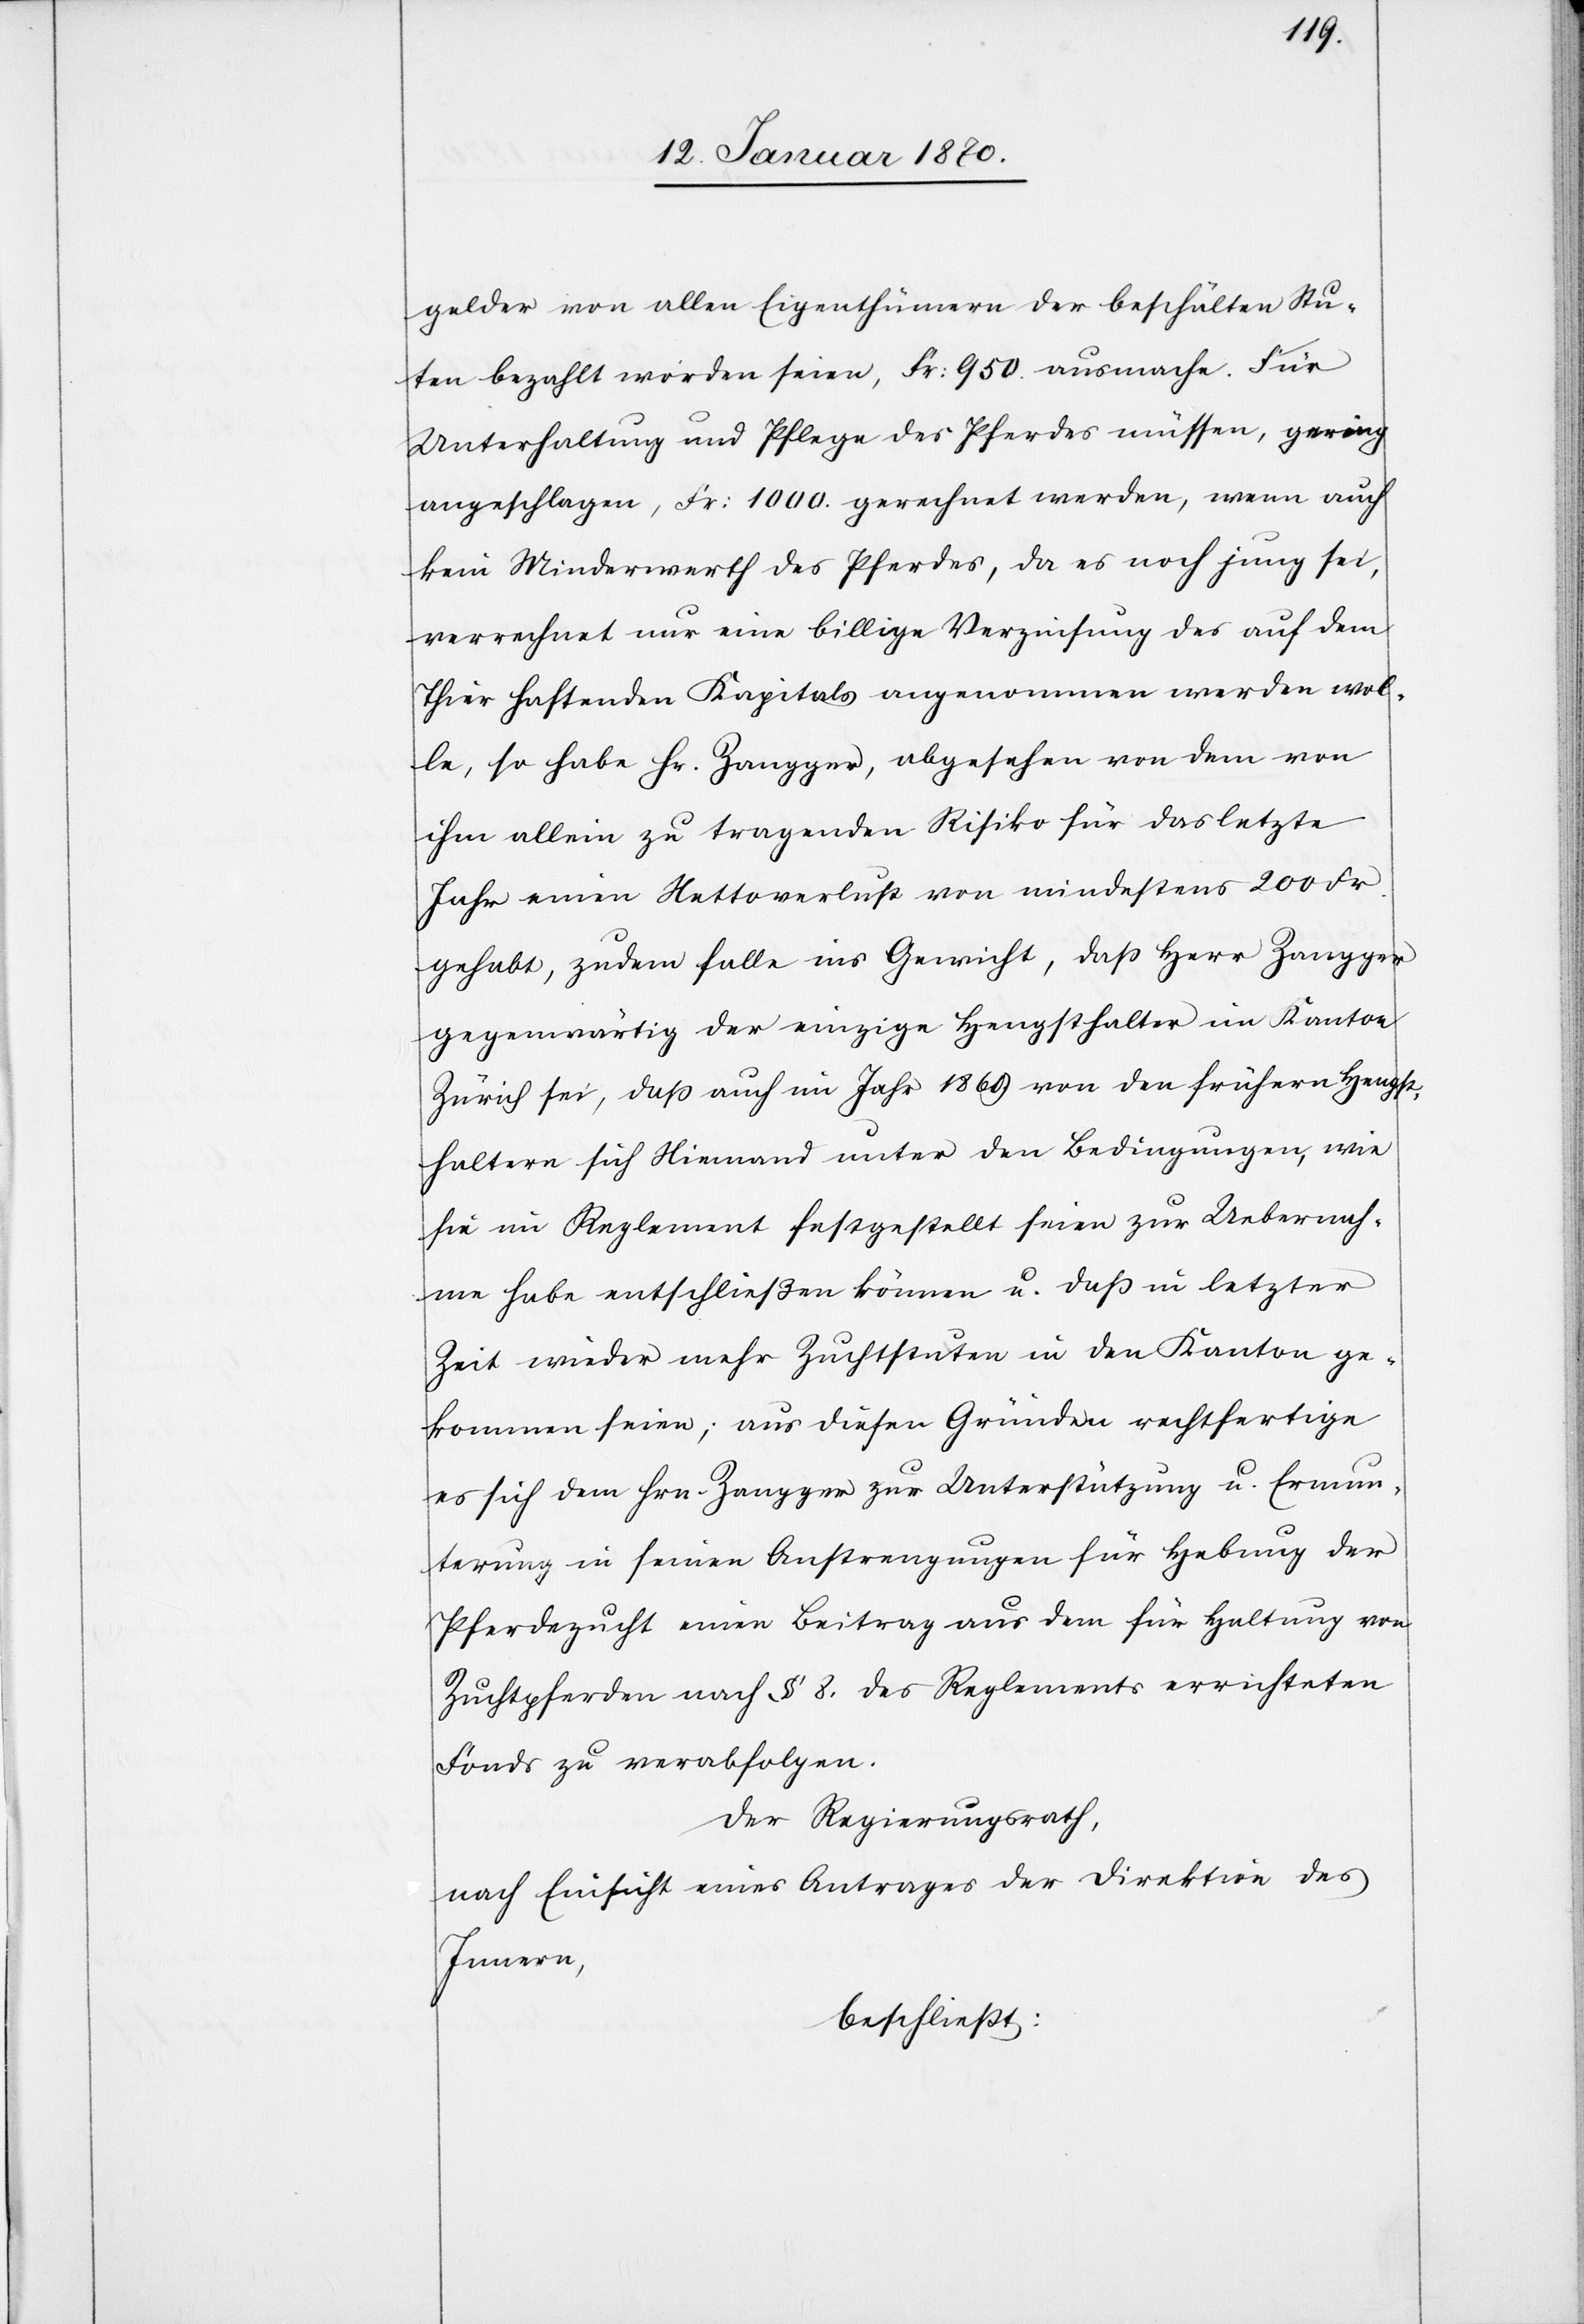
gelder von allen Eigenthümern der beschälten Stu¬
ten bezahlt worden seien, Fr: 950 ausmache. Für
Unterhaltung und Pflege des Pferdes müssen, gering
angeschlagen, Fr: 1000 gerechnet werden, wenn auch
kein Minderwerth des Pferdes, da es noch jung sei,
verrechnet nur eine billige Verzinsung des auf dem
Thier haftenden Kapitals angenommen werden wol¬
le, so habe Hr. Zangger, abgesehen von dem von
ihm allein zu tragenden Risiko für das letzte
Jahr einen Nettoverlust von mindestens 200 Fr.
gehabt, zudem falle ins Gewicht, daß Herr Zangger
gegenwärtig der einzige Hengsthalter im Kanton
Zürich sei, daß auch im Jahr 1869 von den frühern Hengst¬
haltern sich Niemand unter den Bedingungen, wie
sie im Reglement festgestellt seien zur Uebernah¬
me habe entschließen können u. daß in letzter
Zeit wieder mehr Zuchtstuten in den Kanton ge¬
kommen seien; aus diesen Gründen rechtfertige
es sich dem Hrn. Zangger zur Unterstützung u. Ermun¬
terung in seinen Anstrengungen für Hebung der
Pferdezucht einen Beitrag aus dem für Haltung von
Zuchtpferden nach § 8. des Reglements errichteten
Fonds zu verabfolgen.
Der Regierungsrath
nach Einsicht eines Antrages der Direktion des
Innern,
beschließt: